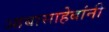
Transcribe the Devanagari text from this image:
आबासाहेबांनी